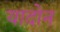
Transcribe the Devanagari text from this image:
यादोन